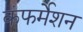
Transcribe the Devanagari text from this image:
कंफर्मेशन